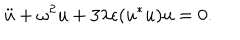
\ddot { u } + \omega ^ { 2 } u + 3 \lambda \epsilon ( u ^ { * } u ) u = 0 .